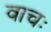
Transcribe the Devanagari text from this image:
वाचः